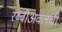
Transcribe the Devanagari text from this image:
रब्बीअवलची